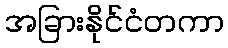
အခြားနိုင်ငံတကာ